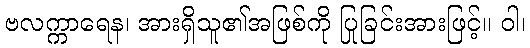
ဗလက္ကာရေန၊ အားရှိသူ၏အဖြစ်ကို ပြုခြင်းအားဖြင့်။ ဝါ၊